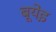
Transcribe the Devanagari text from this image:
बूयेइ